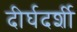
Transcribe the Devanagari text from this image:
दीर्घदर्शी